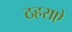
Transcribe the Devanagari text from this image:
ठहराऐ